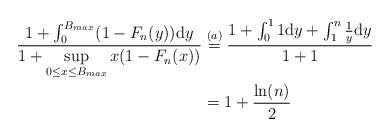
LaTeX: \begin{align*}\frac{1+\int_{0}^{B_{max}}(1-F_n(y)) \mathrm{d}y}{1+{\displaystyle\sup\limits_{0\leq x \leq B_{max}}{x (1-F_n(x))}}} & \stackrel{(a)}{=} \frac{1+\int_{0}^{1}1 \mathrm{d}y +\int_{1}^{n}\frac{1}{y} \mathrm{d}y}{1+1} \\ &= 1+\frac{\ln(n)}{2} \end{align*}